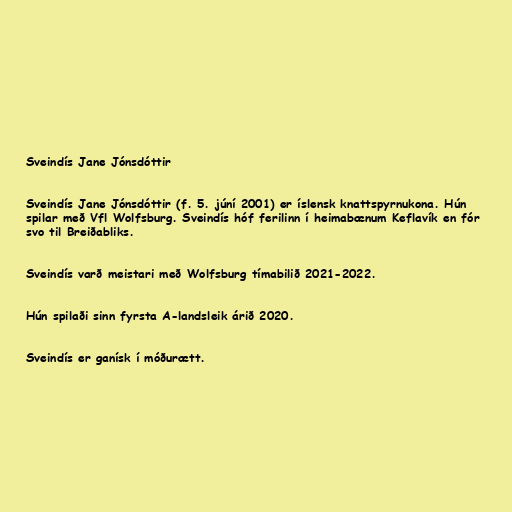
Sveindís Jane Jónsdóttir

Sveindís Jane Jónsdóttir (f. 5. júní 2001) er íslensk knattspyrnukona. Hún
spilar með Vfl Wolfsburg. Sveindís hóf ferilinn í heimabænum Keflavík en fór
svo til Breiðabliks.

Sveindís varð meistari með Wolfsburg tímabilið 2021-2022.

Hún spilaði sinn fyrsta A-landsleik árið 2020.

Sveindís er ganísk í móðurætt.